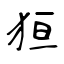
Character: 狟